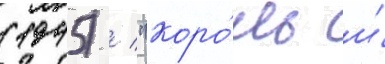
(1945) / "коро́ль и́